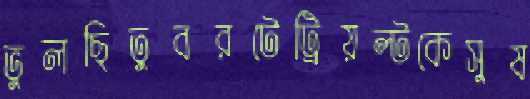
ভুলছিতুবরটেট্রিয়ল্টকেসুষ